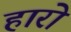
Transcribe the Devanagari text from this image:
हारो